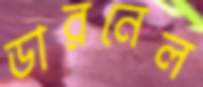
ডারনেল